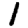
Digit: 1